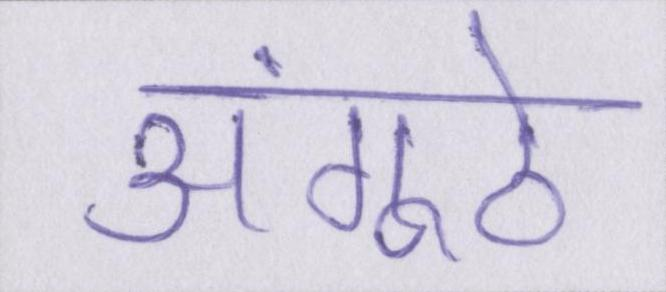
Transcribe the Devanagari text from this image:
अंगूठे